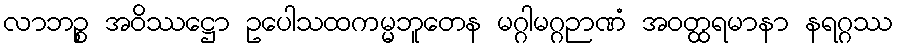
လာဘဉ္စ အဝိဿဋ္ဌော ဥပေါသထကမ္မဘူတေန မဂ္ဂါမဂ္ဂဉာဏံ အဝတ္ထရမာနာ နရဂ္ဂဿ